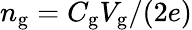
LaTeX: n_{\mathrm{{g}}}=C_{\mathrm{{g}}}V_{\mathrm{{g}}}/(2e)